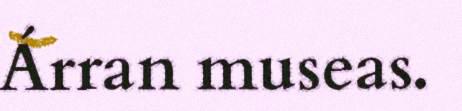
Árran museas.